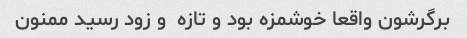
برگرشون واقعا خوشمزه بود و تازه  و زود رسید ممنون